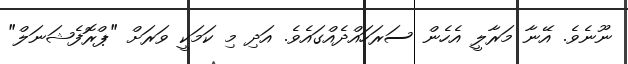
ނޫނެވެ. އޭނާ މަރާލީ އެހެން ސަރަހައްދެއްގައެވެ. އަދި މި ކަމަކީ ވަރަށް "ޕްރޮފެޝަނަލް"